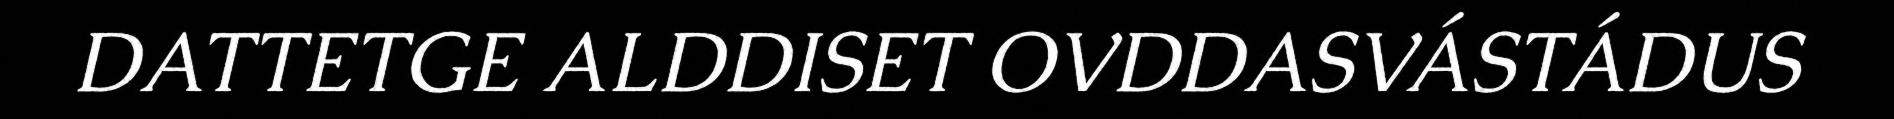
DATTETGE ALDDISET OVDDASVÁSTÁDUS